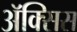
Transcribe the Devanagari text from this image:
ॲक्सिस